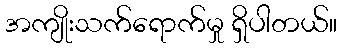
အကျိုးသက်ရောက်မှု ရှိပါတယ်။